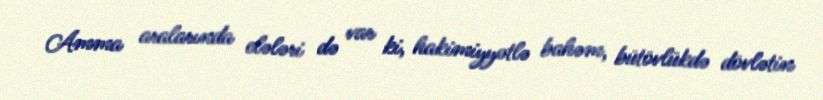
Amma aralarında elələri də var ki, hakimiyyətlə bahəm, bütövlükdə dövlətin